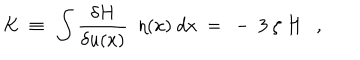
K \ \equiv \ \int \frac { \delta H } { \delta u ( x ) } \ \ \eta ( x ) \ d x \ = \ - \ 3 \ \zeta \ H \ \ \ ,